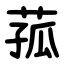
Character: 菰